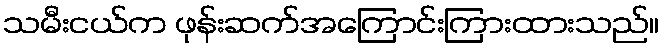
သမီးငယ်က ဖုန်းဆက်အကြောင်းကြားထားသည်။